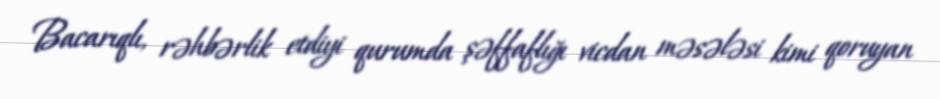
Bacarıqlı, rəhbərlik etdiyi qurumda şəffaflığı vicdan məsələsi kimi qoruyan